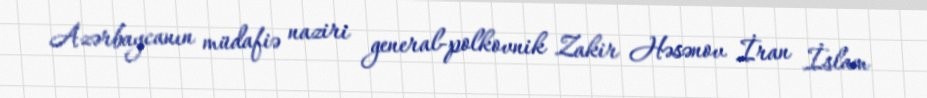
Azərbaycanın müdafiə naziri general-polkovnik Zakir Həsənov İran İslam